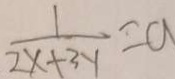
\frac { 1 } { 2 x + 3 y } = a